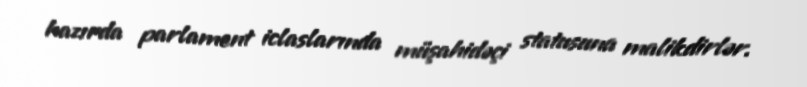
hazırda parlament iclaslarında müşahidəçi statusuna malikdirlər.